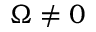
\Omega \neq 0